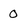
Character: 0